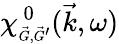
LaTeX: \chi_{\scriptscriptstyle\vec{G},\vec{G}^{\prime}}^{~0}(\vec{k},\omega)